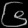
Digit: ၆